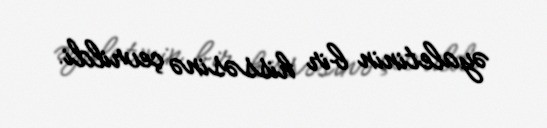
əyaletinin bir hissəsinə çevrildi.